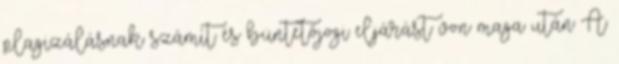
plagizálásnak számít és büntetőjogi eljárást von maga után A